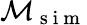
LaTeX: \mathcal{M}_{\mathrm{~s~i~m~}}